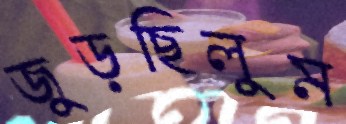
জুড়ছিলুম